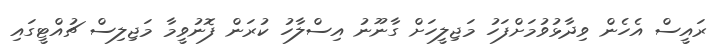
ރައީސް އެހެން ވިދާޅުވުމަށްފަހު މަޖިލީހަށް ގާނޫނު އިސްލާހު ކުރަން ފޮނުވީމާ މަޖިލިސް ޗުއްޓީގައި